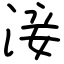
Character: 淁